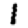
Digit: 1